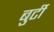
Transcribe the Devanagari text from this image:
बुर्टी